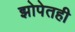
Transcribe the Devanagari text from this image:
झोपेतही